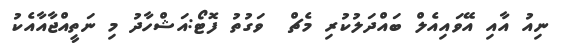
ނިއު އާއި އޭވައިއެލް ބައްދަލުކުރި މެޗް  ވަގުތު ފޮޓޯ:އަޝްހާދު މި ނަތީއްޖާއާއެކު